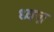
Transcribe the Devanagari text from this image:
ध्वज़